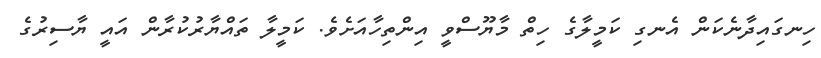
ހިނގައިދާނެކަން އެނގި ކަމީލާގެ ހިތް މާޔޫސްވީ އިންތިހާއަށެވެ. ކަމީލާ ތައްޔާރުކުރާން އައީ ޔާސިރުގެ